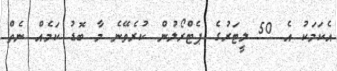
އެކަމަކު އެ 50 ލީޓަރުގެ ޕެޓްރޯލުން ކުރެވޭނެ މާ ބޮޑު ކަމެއް ނެތް